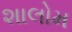
શાલોમ